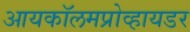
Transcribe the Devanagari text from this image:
आयकॉलमप्रोव्हायडर